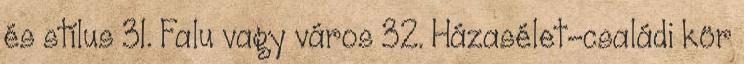
és stílus 31. Falu vagy város 32. Házasélet-családi kör